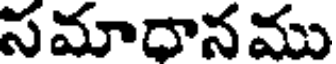
సమాధానము